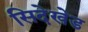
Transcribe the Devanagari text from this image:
सिदेखेड